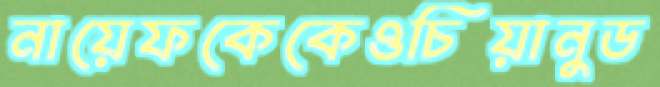
নায়েফকেকেওচিয়ানুড